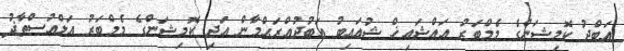
ޢަބްދު ކޮމިޝަންގެ މެމްބަރު އައްޝައިޚް ޝުޢައިބު ޢަބުދުއްރަޙްމާން އަދި ކޮމިޝަންގެ މެމްބަރު އަލްއުސްތާޛު